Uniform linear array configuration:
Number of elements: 8
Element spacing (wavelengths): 1
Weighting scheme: uniform
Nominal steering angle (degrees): -15
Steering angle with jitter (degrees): -15.555
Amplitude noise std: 0.05
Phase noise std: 0.05

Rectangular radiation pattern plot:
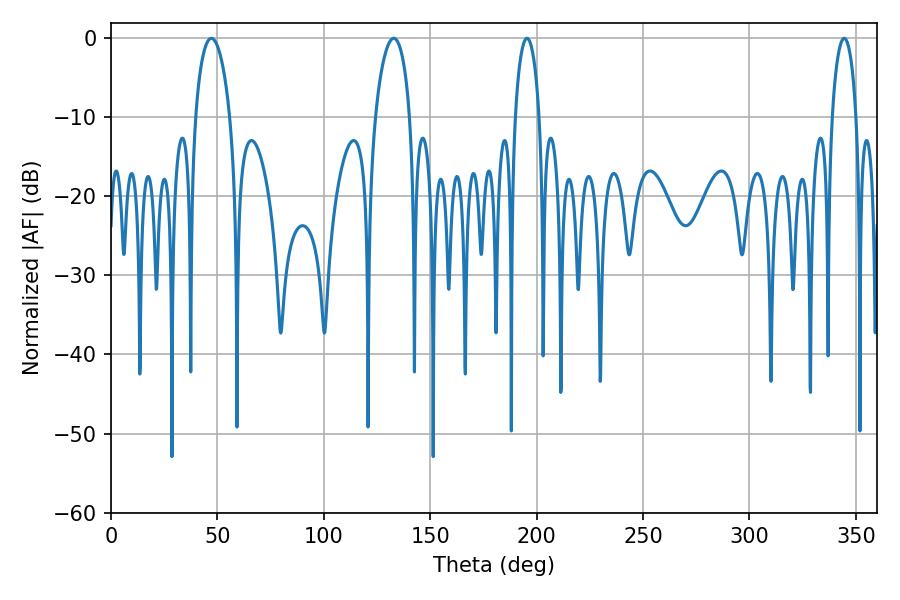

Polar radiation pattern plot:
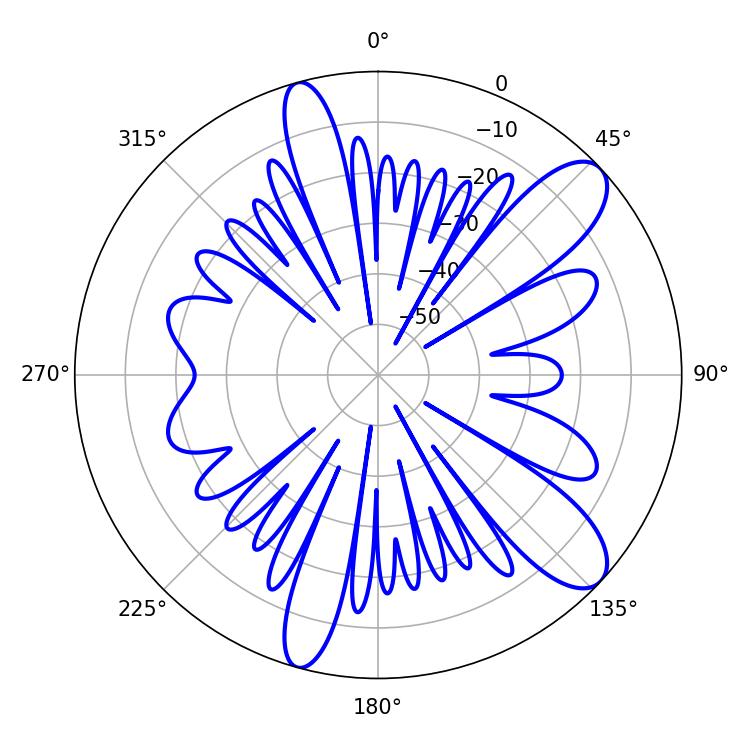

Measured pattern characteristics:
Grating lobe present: TRUE
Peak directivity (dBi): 10.304
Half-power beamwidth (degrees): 9.36
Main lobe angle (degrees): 47.16